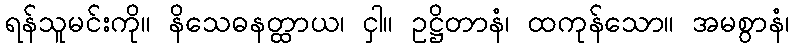
ရန်သူမင်းကို။ နိသေဓနတ္ထာယ၊ ငှါ။ ဥဋ္ဌိတာနံ၊ ထကုန်သော။ အမစွာနံ၊